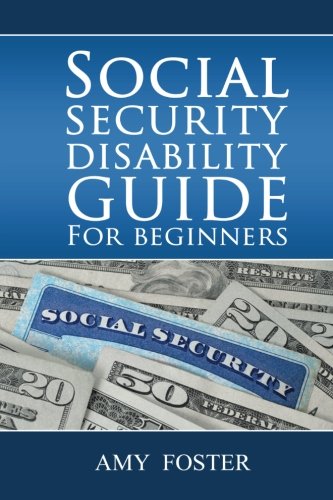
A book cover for Social Security Disability Guide for Beginners: A fun and informative guide for the rest of us; Amy L Foster Esq.; Business & Money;